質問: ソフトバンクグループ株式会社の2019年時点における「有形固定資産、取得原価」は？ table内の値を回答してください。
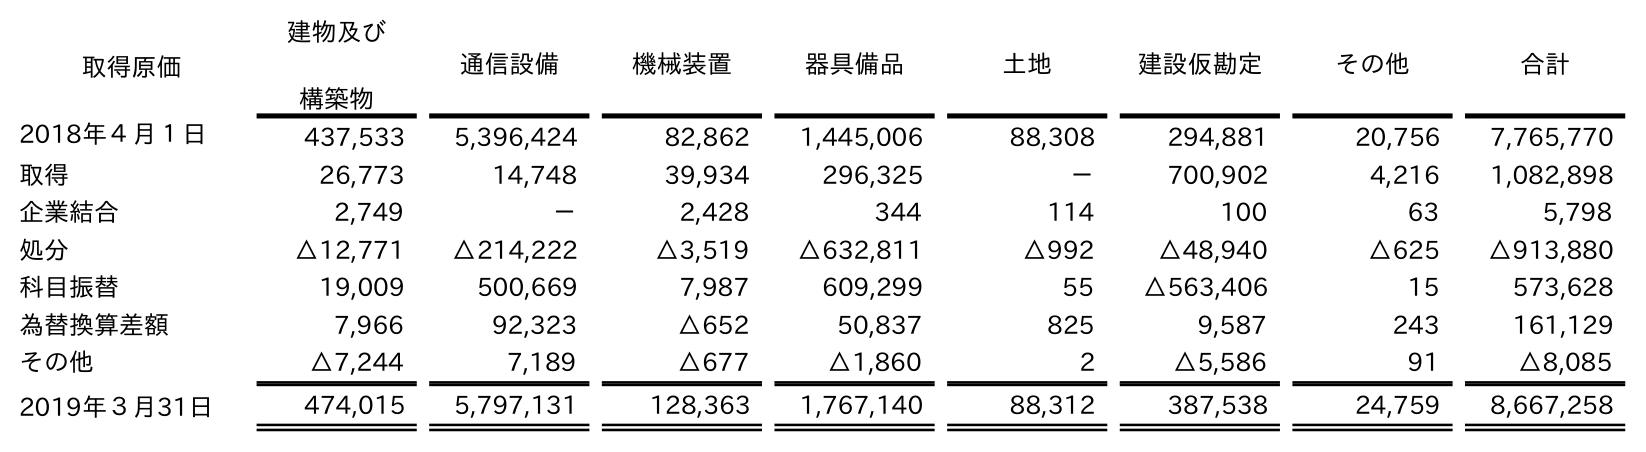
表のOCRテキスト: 取得原価 建物及び 構築物 通信設備 機械装置 器具備品 土地 建設仮勘定 その他 合計 2018年４月１日 437,533 5,396,424 82,862 1,445,006 88,308 294,881 20,756 7,765,770 取得 26,773 14,748 39,934 296,325 － 700,902 4,216 1,082,898 企業結合 2,749 － 2,428 344 114 100 63 5,798 処分 △12,771 △214,222 △3,519 △632,811 △992 △48,940 △625 △913,880 科目振替 19,009 500,669 7,987 609,299 55 △563,406 15 573,628 為替換算差額 7,966 92,323 △652 50,837 825 9,587 243 161,129 その他 △7,244 7,189 △677 △1,860 2 △5,586 91 △8,085 2019年３月31日 474,015 5,797,131 128,363 1,767,140 88,312 387,538 24,759 8,667,258
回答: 8,667,258